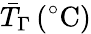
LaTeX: \bar{T}_{\Gamma}\, (^{\circ}\mathrm{C})